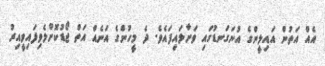
އެއް އަތުން އައިލީންގެ އުނަގަނޑުގައި ވަށާލައިފައެވެ. ދެ މީހުންގެ އަނެއް އަތް ޖޯޑުކޮށްލެވިފައިވީއިރު